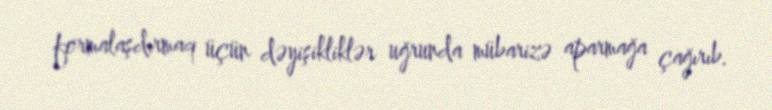
formalaşdırmaq üçün dəyişikliklər uğrunda mübarizə aparmağa çağırıb.